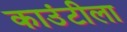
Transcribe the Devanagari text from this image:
काउंटीला